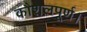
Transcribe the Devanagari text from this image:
कौशलपूर्ण।